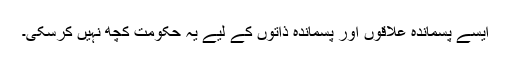
ایسے پسماندہ علاقوں اور پسماندہ ذاتوں کے لیے یہ حکومت کچھ نہیں کرسکی۔